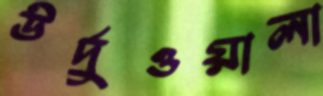
উর্দুওয়ালা